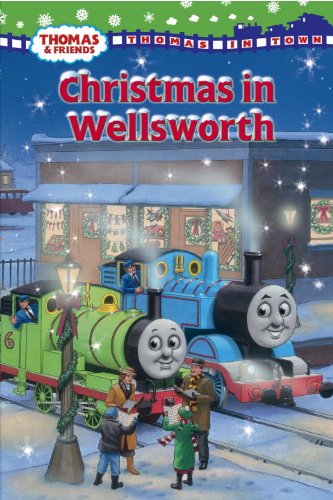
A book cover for Christmas in Wellsworth (Thomas & Friends) (Thomas In Town); Rev. W. Awdry; Children's Books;